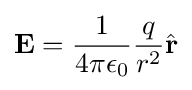
\mathbf {E} ={\frac {1}{4\pi \epsilon _{0}}}{\frac {q}{r^{2}}}{\hat {\mathbf {r} }}